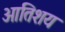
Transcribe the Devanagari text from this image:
आतिशय